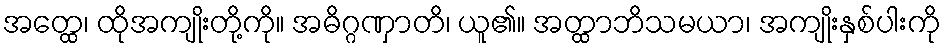
အတ္ထေ၊ ထိုအကျိုးတို့ကို။ အဓိဂ္ဂဏှာတိ၊ ယူ၏။ အတ္ထာဘိသမယာ၊ အကျိုးနှစ်ပါးကို